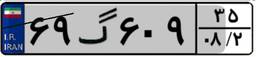
۴۲گ۰۱۳۱۰